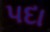
પદા